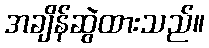
အချိန်ဆွဲထားသည်။